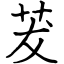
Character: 茇